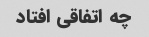
چه اتفاقی افتاد